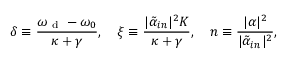
\delta \equiv \frac { \omega _ { \mathrm { ~ d ~ } } - \omega _ { 0 } } { \kappa + \gamma } , \quad \xi \equiv \frac { | \tilde { \alpha } _ { i n } | ^ { 2 } K } { \kappa + \gamma } , \quad n \equiv \frac { | \alpha | ^ { 2 } } { | \tilde { \alpha } _ { i n } | ^ { 2 } } ,